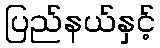
ပြည်နယ်နှင့်